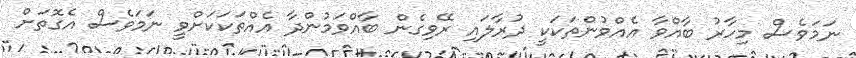
ނަމަވެސް މިހާރު ބާއްވާ އެއްވުންތަކަކީ ދުރާލައި ރޭވިގެން ބާއްވަމުންދާ އެއްތަކަކަށްވީ ނަމަވެސް އެގޮތަށް